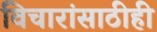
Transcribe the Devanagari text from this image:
विचारांसाठीही